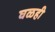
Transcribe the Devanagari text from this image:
घळही